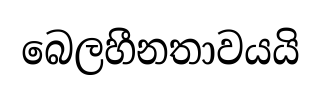
බෙලහීනතාවයයි